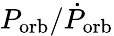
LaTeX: P_{\mathrm{orb}}/\dot{P}_{\mathrm{orb}}